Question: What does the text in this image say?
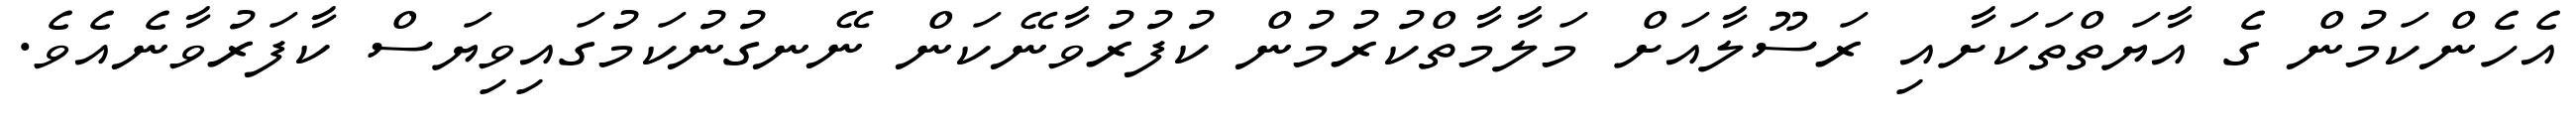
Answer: އެހެންކަމުން ގެ އާޔަތްތަކަށާއި ރަސޫލާއަށް މަލާމާތްކުރުމުން ކުފުރުވާނޭކަން ނޭނގުނުކަމުގައިވިޔަސް ކާފަރުވާނެއެވެ.